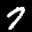
Label: 7